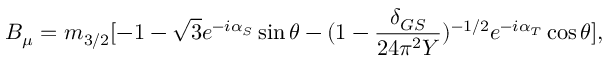
B _ { \mu } = m _ { 3 / 2 } [ - 1 - \sqrt { 3 } e ^ { - i \alpha _ { S } } \sin \theta - ( 1 - \frac { \delta _ { G S } } { 2 4 \pi ^ { 2 } Y } ) ^ { - 1 / 2 } e ^ { - i \alpha _ { T } } \cos \theta ] ,